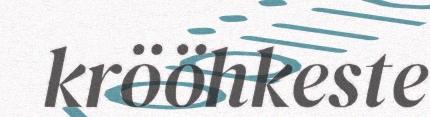
krööhkeste